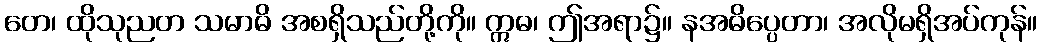
တေ၊ ထိုသုညတ သမာဓိ အစရှိသည်တို့ကို။ ဣဓ၊ ဤအရာ၌။ နအဓိပ္ပေတာ၊ အလိုမရှိအပ်ကုန်။